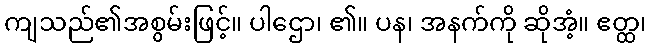
ကျသည်၏အစွမ်းဖြင့်။ ပါဌော၊ ၏။ ပန၊ အနက်ကို ဆိုအံ့။ ဧတ္ထ၊